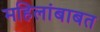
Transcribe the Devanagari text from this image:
महिलांबाबत